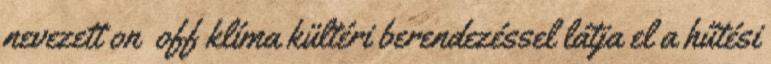
nevezett on off klíma kültéri berendezéssel látja el a hűtési